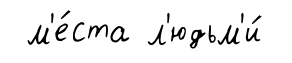
м'е́ста л'юдьм'и́